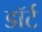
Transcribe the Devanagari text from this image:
डॉर्ट